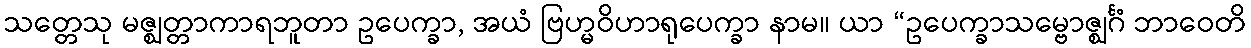
သတ္တေသု မဇ္ဈတ္တာကာရဘူတာ ဥပေက္ခာ, အယံ ဗြဟ္မဝိဟာရုပေက္ခာ နာမ။ ယာ “ဥပေက္ခာသမ္ဗောဇ္ဈင်္ဂံ ဘာဝေတိ